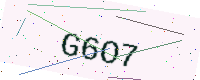
Text: G6O7